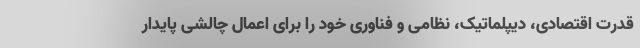
قدرت اقتصادی، دیپلماتیک، نظامی و فناوری خود را برای اعمال چالشی پایدار